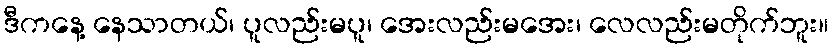
ဒီကနေ့ နေသာတယ်၊ ပူလည်းမပူ၊ အေးလည်းမအေး၊ လေလည်းမတိုက်ဘူး။